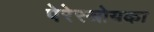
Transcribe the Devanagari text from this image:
पेरेस्त्रोयका